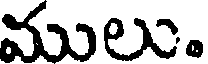
ములు.